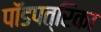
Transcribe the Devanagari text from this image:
पॉडपत्रिका